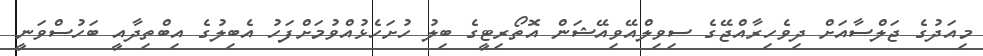
މިއަދުގެ ޖަލްސާއަށް ދިވެހިރާއްޖޭގެ ސިވިލްއޭވިއޭޝަން އޮތޯރިޓީގެ ބިލު ހުށަހެޅުއްވުމަށްފަހު އެބިލުގެ އިބްތިދާއީ ބަހުސްވަނީ